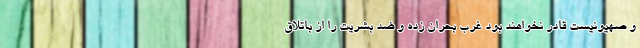
و صهیونیست قادر نخواهند بود غرب بحران زده و ضد بشریت را از باتلاق